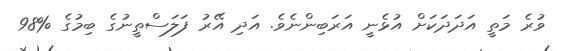
ވުރެ މަތީ އަދަދަކަށް އުޅެނީ އަރަބިންނެވެ. އަދި އޭރު ފަލަސްތީނުގެ ބިމުގެ %98